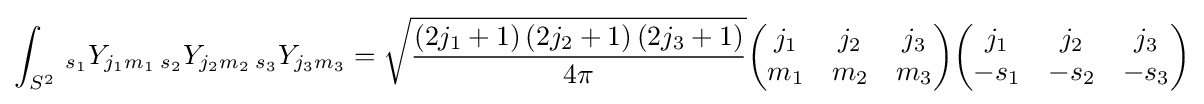
\int _{S^{2}}\,{}_{s_{1}}Y_{j_{1}m_{1}}\,{}_{s_{2}}Y_{j_{2}m_{2}}\,{}_{s_{3}}Y_{j_{3}m_{3}}={\sqrt {\frac {\left(2j_{1}+1\right)\left(2j_{2}+1\right)\left(2j_{3}+1\right)}{4\pi }}}{\begin{pmatrix}j_{1}&j_{2}&j_{3}\\m_{1}&m_{2}&m_{3}\end{pmatrix}}{\begin{pmatrix}j_{1}&j_{2}&j_{3}\\-s_{1}&-s_{2}&-s_{3}\end{pmatrix}}